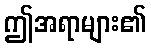
ဤအရာများ၏